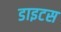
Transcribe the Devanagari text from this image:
डाइटस